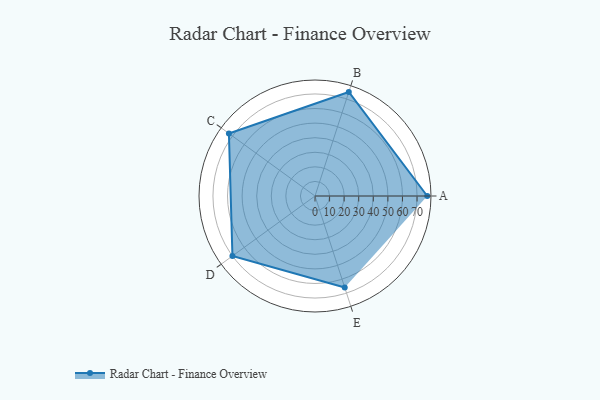
{"axis": {"x": "Skill", "y": "Score"}, "legend": ["Profile"], "data": [{"x": "A", "y": 77.0, "type": "Profile"}, {"x": "B", "y": 75.0, "type": "Profile"}, {"x": "C", "y": 73.0, "type": "Profile"}, {"x": "D", "y": 70.0, "type": "Profile"}, {"x": "E", "y": 66.0, "type": "Profile"}]}